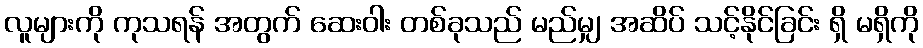
လူများကို ကုသရန် အတွက် ဆေးဝါး တစ်ခုသည် မည်မျှ အဆိပ် သင့်နိုင်ခြင်း ရှိ မရှိကို